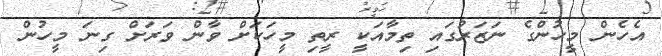
އެހެން މީހުންގެ ނަޒަރުގައި ތިމާާއަކީ ރީތި މީހަކަށް ވާން ވަރަށް ގިނަ މީހުން